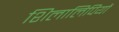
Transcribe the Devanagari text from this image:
शिलालिपियों